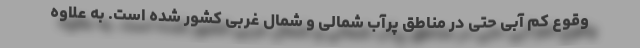
وقوع کم آبی حتی در مناطق پرآب شمالی و شمال غربی کشور شده است. به علاوه